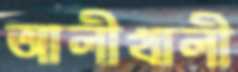
আলীখালী